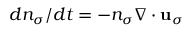
d n _ { \sigma } / d t = - n _ { \sigma } \nabla \cdot { \bf u } _ { \sigma }